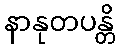
နာနုတပန္တိ